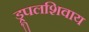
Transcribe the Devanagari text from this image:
ड्रूपलशिवाय